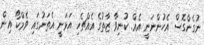
ނުގެންގޮސް އެހުންނަނީ އެއް. ކުނިވާ ޒާތުގެ އެއްޗެހި އަޅަނީ އެތަނުގައި ވެމްކޯ އިން